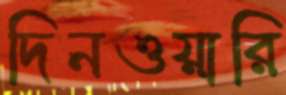
দিনওয়ারি